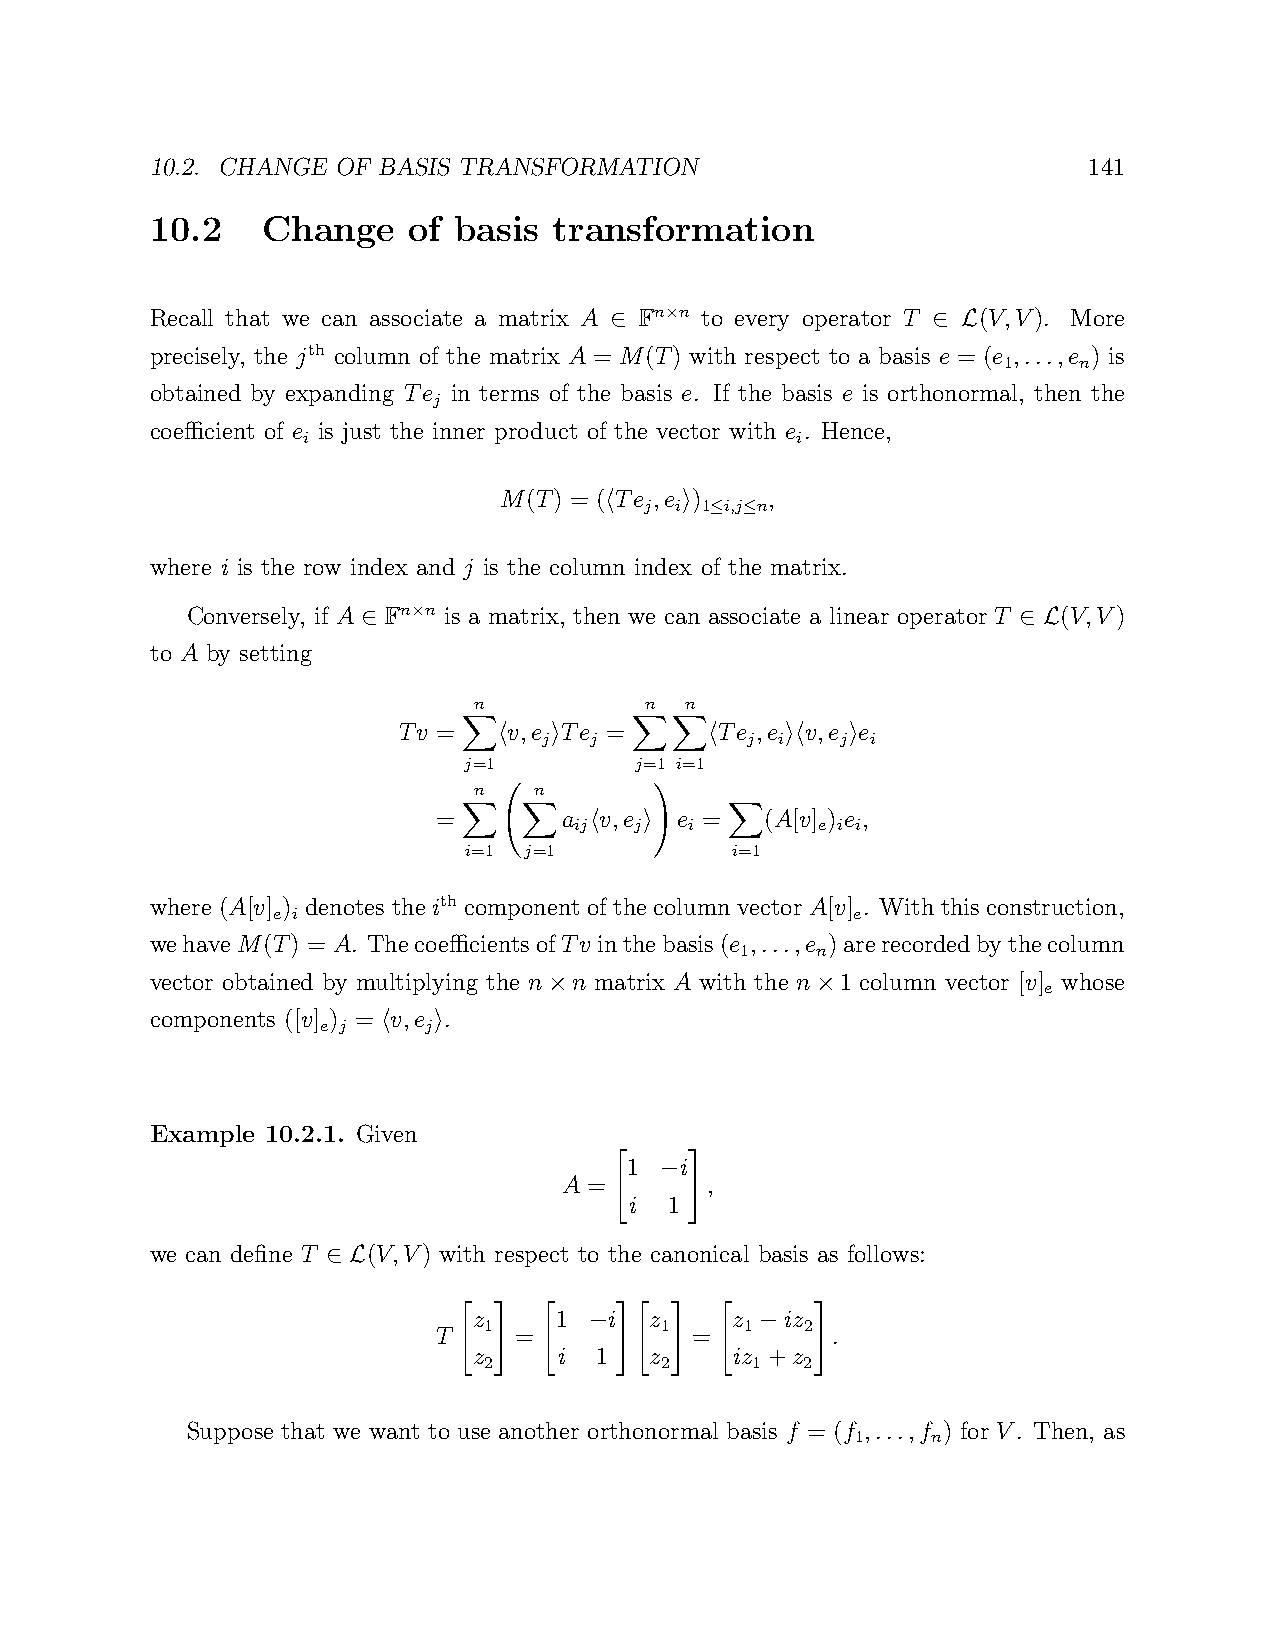
10.2. CHANGE OF BASIS TRANSFORMATION                          141
 10.2   Change    of basis  transformation
 Recall that we can associate a matrix A Fn n to every operator T (V,V). More
 ×
 ∈                     ∈ L
 precisely, the jth column of the matrix A = M(T) with respect to a basis e = (e ,...,e ) is
 1    n
 obtained by expanding Te in terms of the basis e. If the basis e is orthonormal, then the
 j
 coefficient of e is just the inner product of the vector with e . Hence,
 i                                i
 M(T) = ( Te ,e )  ,
 j i 1 i,j n
 h    i ≤ ≤
 where i is the row index and j is the column index of the matrix.
 Conversely, if A Fn n is a matrix, then we can associate a linear operator T (V,V)
 ×
 ∈                                          ∈ L
 to A by setting
 n           n n
 Tv =    v,e Te =      Te ,e v,e e
 j  j         j  i   j i
 h  i          h    ih  i
 j=1        j=1 i=1
 X          XX
 n   n
 =       a  v,e  e =   (A[v] ) e ,
 ij  j   i       e i i
 h   i
 !
 i=1 j=1          i=1
 X   X            X
 where (A[v] ) denotes the ith component of the column vector A[v] . With this construction,
 e i                                   e
 wehaveM(T) = A. ThecoefficientsofTv inthebasis(e ,...,e )arerecordedbythecolumn
 1    n
 vector obtained by multiplying the n n matrix A with the n 1 column vector [v] whose
 e
 ×                 ×
 components ([v] ) = v,e .
 e j    j
 h   i
 Example 10.2.1. Given
 1  i
 A =    −  ,
 "i 1 #
 we can define T (V,V) with respect to the canonical basis as follows:
 ∈ L
 z     1  i  z    z   iz
 1           1    1   2
 T    =    −      =   −    .
 "z 2# "i 1 #"z 2# "iz 1 +z 2#
 Suppose that we want to use another orthonormal basis f = (f ,...,f ) for V. Then, as
 1    n